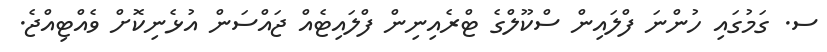
ސ. ގަމުގައި ހުންނަ ފްލައިން ސްކޫލްގެ ޓްރެއިނިން ފްލައިޓެއް ޖައްސަން އުޅެނިކޮށް ވެއްޓިއްޖެ.